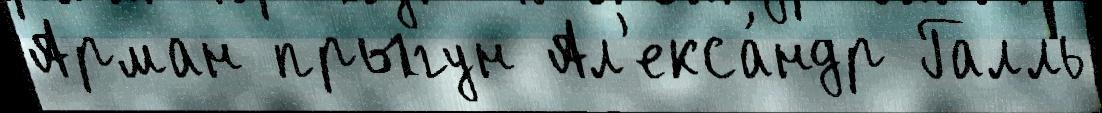
Арман прыгун Ал'екса́ндр Галль